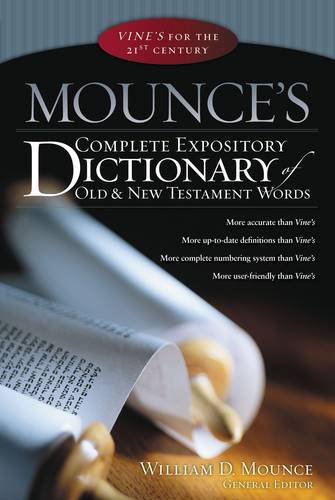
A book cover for Mounce's Complete Expository Dictionary of Old and New Testament Words; William D. Mounce; Christian Books & Bibles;